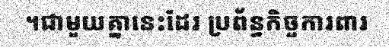
។ជាមួយគ្នានេះដែរ ប្រព័ន្ធកិច្ចការពារ